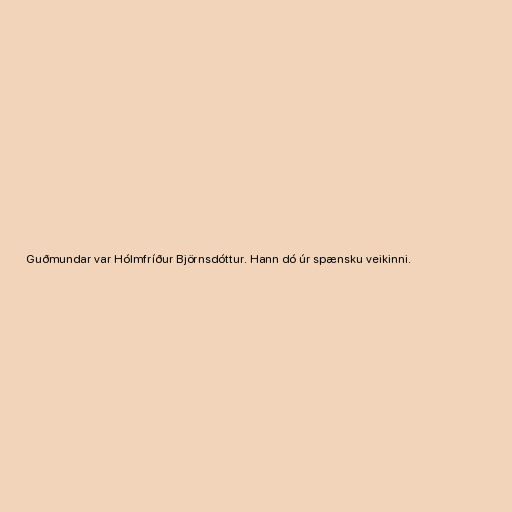
Guðmundar var Hólmfríður Björnsdóttur. Hann dó úr spænsku veikinni.